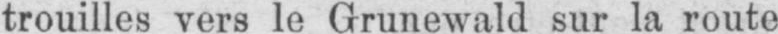
trouilles vers le Grunewald sur la route